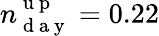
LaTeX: n_{\mathrm{~d~a~y~}}^{\mathrm{~u~p~}}=0.22